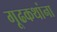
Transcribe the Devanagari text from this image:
गूढकथांना